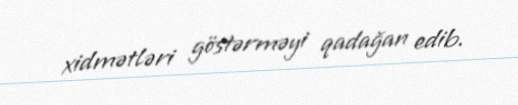
xidmətləri göstərməyi qadağan edib.